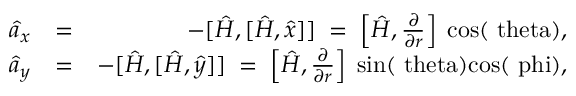
\begin{array} { r l r } { \hat { a } _ { x } } & { = } & { - [ \hat { H } , [ \hat { H } , \hat { x } ] ] \; = \; \left[ \hat { H } , \frac { \partial } { \partial r } \right] \; \mathrm { c o s ( \ t h e t a ) } , } \\ { \hat { a } _ { y } } & { = } & { - [ \hat { H } , [ \hat { H } , \hat { y } ] ] \; = \; \left[ \hat { H } , \frac { \partial } { \partial r } \right] \; \mathrm { s i n ( \ t h e t a ) c o s ( \ p h i ) } , } \end{array}